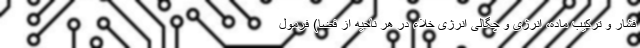
فشار و ترکیب ماده، انرژی و چگالی انرژی خلاء در هر ناحیه از فضا) فرمول